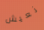
نعيش